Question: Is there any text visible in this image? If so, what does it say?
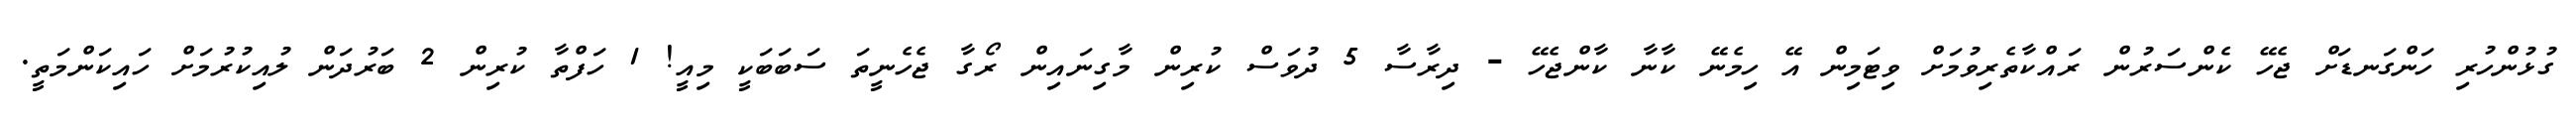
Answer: ގުޅުންހުރި ހަންގަނޑަށް ޖެހޭ ކެންސަރުން ރައްކާތެރިވުމަށް ވިޓަމިން އޭ ހިމެނޭ ކާނާ ކާންޖެހޭ - ދިރާސާ 5 ދުވަސް ކުރިން މާގިނައިން ރޯގާ ޖެހެނީތަ ސަބަބަކީ މިއީ! 1 ހަފްތާ ކުރިން 2 ބަރުދަން ލުއިކުރުމަށް ހައިކަންމަތީ.